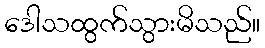
ဒေါသထွက်သွားမိသည်။